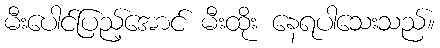
မီးပေါင်ပြည့်အောင် မီးထိုး နေရပါသေးသည်။